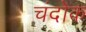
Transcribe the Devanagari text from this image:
चंदोक